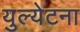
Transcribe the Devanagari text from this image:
युल्येटना